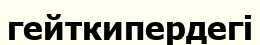
гейткипердегі